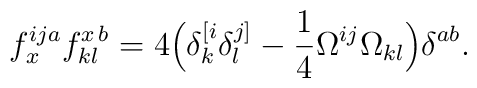
f_{x}^{ija} f^{x\,b}_{kl} = 4 \Big( \delta^{[i}_{k}\delta^{j]}_{l} - \frac{1}{4} \Omega^{ij} \Omega_{kl}\Big) \delta^{ab}.